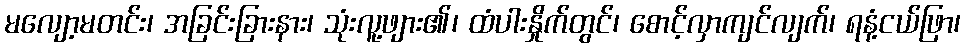
မလျော့မတင်း၊ အခြင်းခြားနား၊ သုံးလူ့ဖျား၏၊ ထံပါးနှိုက်တွင်၊ စောင့်လှာကျင်လျက်၊ ရနံ့ငယ်ဖြာ၊